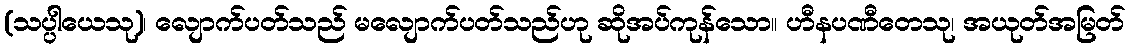
(သပ္ပါယေသု)၊ လျောက်ပတ်သည် မလျောက်ပတ်သည်ဟု ဆိုအပ်ကုန်သော။ ဟီနပဏီတေသု၊ အယုတ်အမြတ်